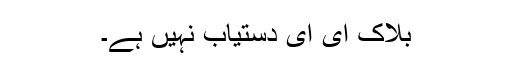
بلاک ای ای دستیاب نہیں ہے۔